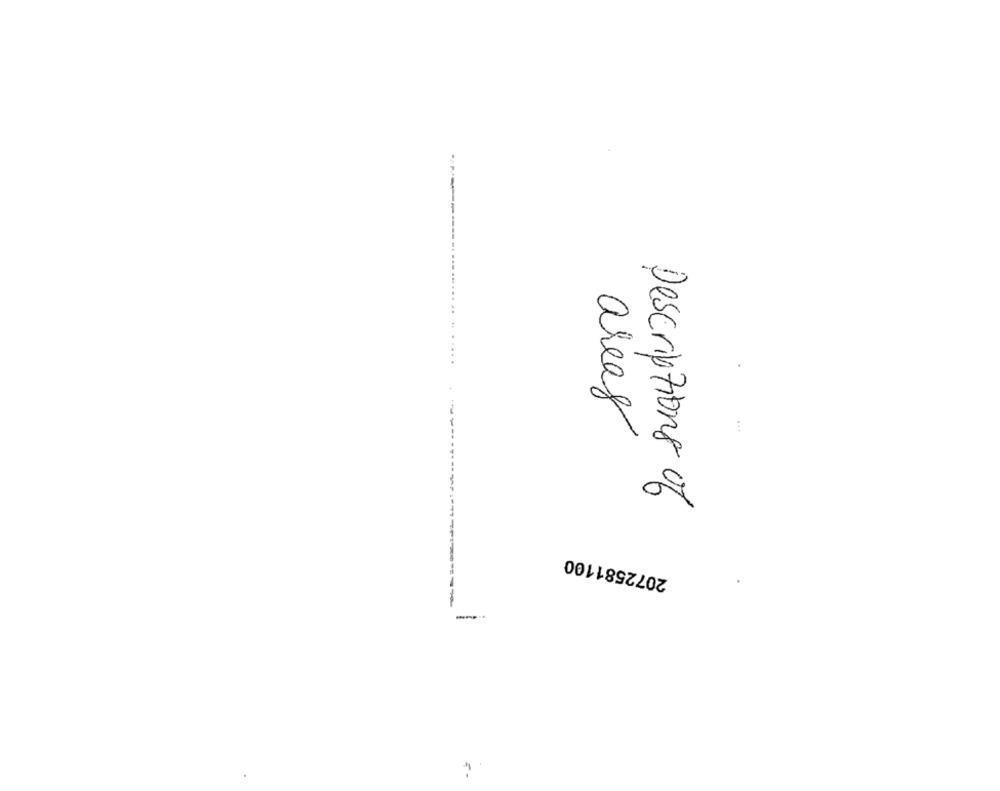
....
areas
Descriptions of
2072581100